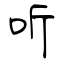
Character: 听